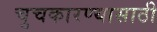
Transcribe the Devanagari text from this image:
चुचकारण्यासाठी